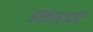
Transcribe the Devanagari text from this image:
डकारादि